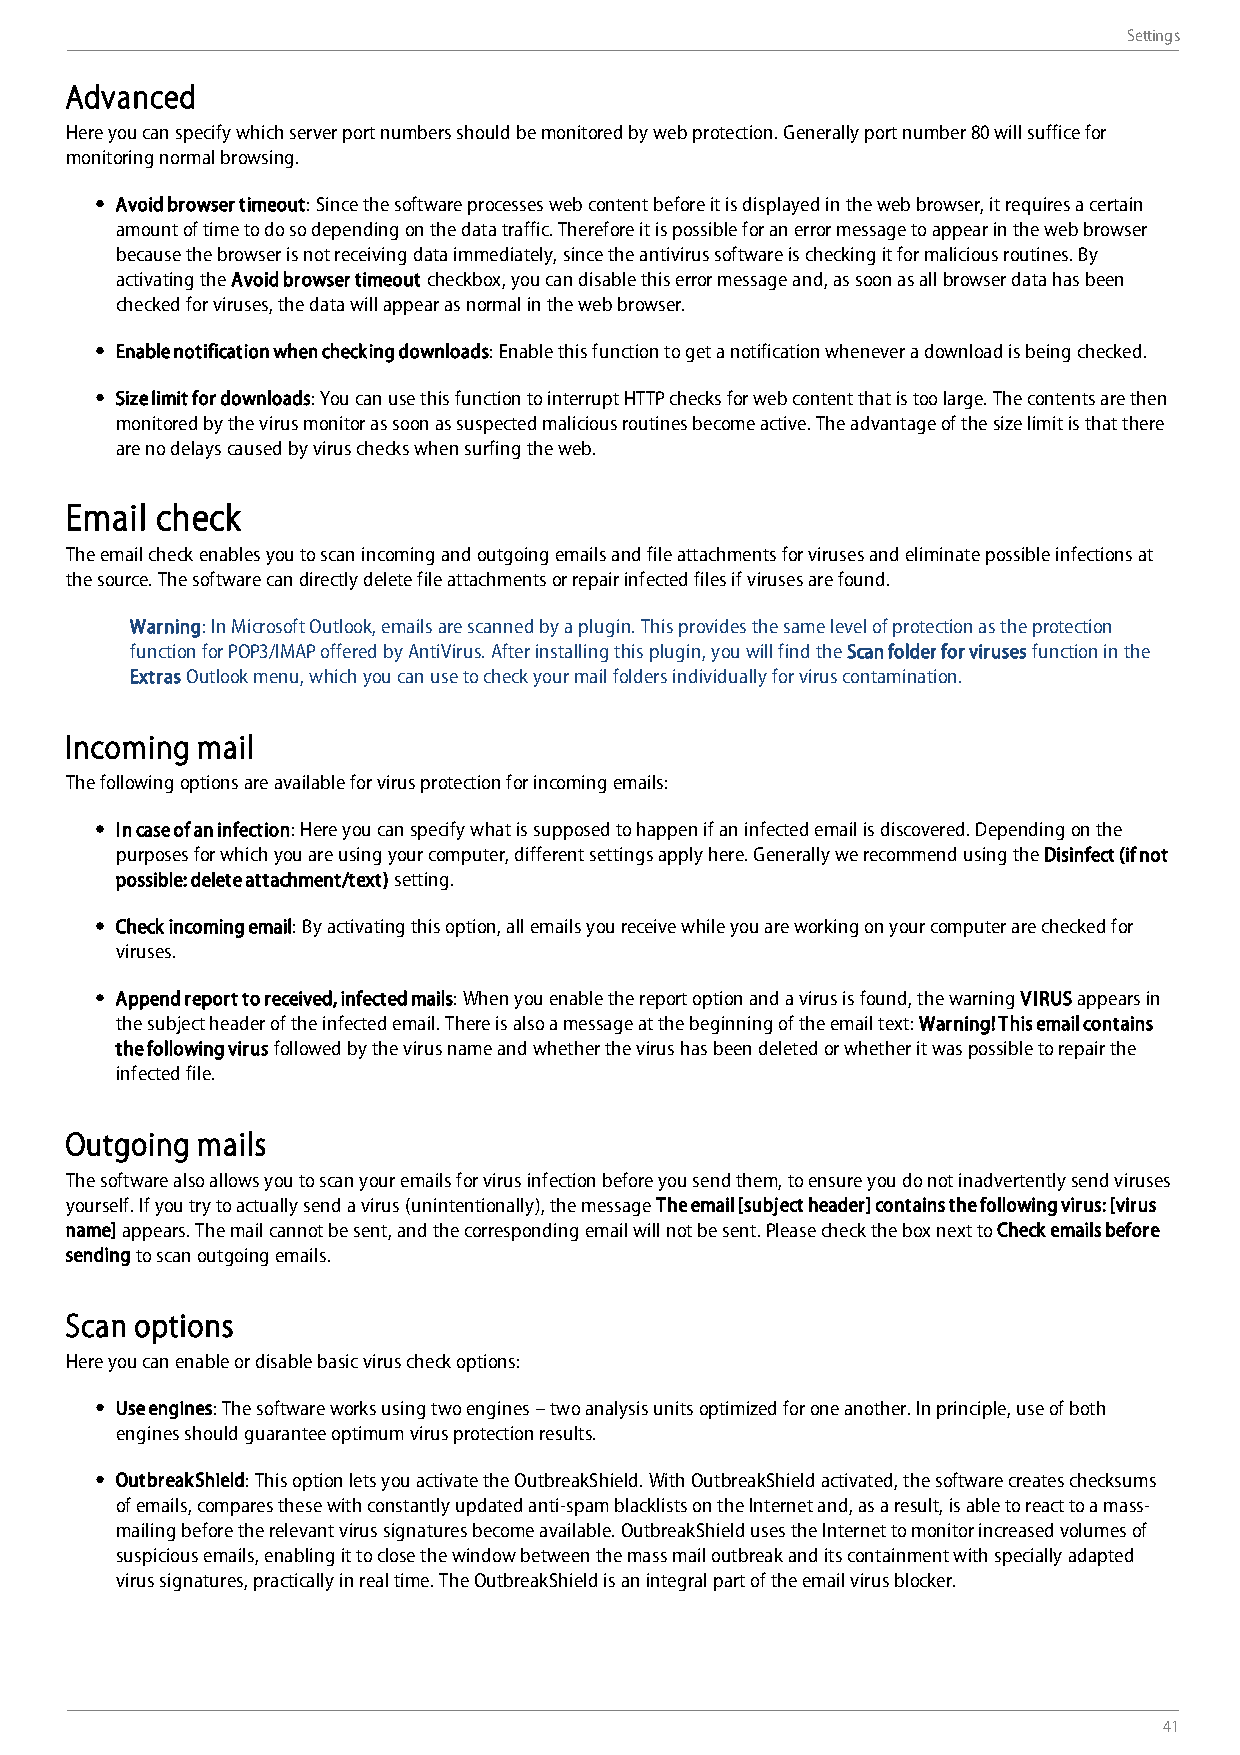
Settings
 Advanced
 Here you can specify which server port numbers should be monitored by web protection. Generally port number 80 will suffice for
 monitoring normal browsing.
 Avoid browser timeout: Since the software processes web content before it is displayed in the web browser, it requires a certain
 amount of time to do so depending on the data traffic. Therefore it is possible for an error message to appear in the web browser
 because the browser is not receiving data immediately, since the antivirus software is checking it for malicious routines. By
 activating the Avoid browser timeout checkbox, you can disable this error message and, as soon as all browser data has been
 checked for viruses, the data will appear as normal in the web browser.
 Enable notification when checking downloads: Enable this function to get a notification whenever a download is being checked.
 Size limit for downloads: You can use this function to interrupt HTTP checks for web content that is too large. The contents are then
 monitored by the virus monitor as soon as suspected malicious routines become active. The advantage of the size limit is that there
 are no delays caused by virus checks when surfing the web.
 Email check
 The email check enables you to scan incoming and outgoing emails and file attachments for viruses and eliminate possible infections at
 the source. The software can directly delete file attachments or repair infected files if viruses are found.
 Warning: In Microsoft Outlook, emails are scanned by a plugin. This provides the same level of protection as the protection
 function for POP3/IMAP offered by AntiVirus. After installing this plugin, you will find the Scan folder for viruses function in the
 Extras Outlook menu, which you can use to check your mail folders individually for virus contamination.
 Incoming mail
 The following options are available for virus protection for incoming emails:
 In case of an infection: Here you can specify what is supposed to happen if an infected email is discovered. Depending on the
 purposes for which you are using your computer, different settings apply here. Generally we recommend using the Disinfect (if not
 possible: delete attachment/text) setting.
 Check incoming email: By activating this option, all emails you receive while you are working on your computer are checked for
 viruses.
 Append report to received, infected mails: When you enable the report option and a virus is found, the warning VIRUS appears in
 the subject header of the infected email. There is also a message at the beginning of the email text: Warning! This email contains
 the following virus followed by the virus name and whether the virus has been deleted or whether it was possible to repair the
 infected file.
 Outgoing mails
 The software also allows you to scan your emails for virus infection before you send them, to ensure you do not inadvertently send viruses
 yourself. If you try to actually send a virus (unintentionally), the message The email [subject header] contains the following virus: [virus
 name] appears. The mail cannot be sent, and the corresponding email will not be sent. Please check the box next to Check emails before
 sending to scan outgoing emails.
 Scan options
 Here you can enable or disable basic virus check options:
 Use engines: The software works using two engines – two analysis units optimized for one another. In principle, use of both
 engines should guarantee optimum virus protection results.
 OutbreakShield: This option lets you activate the OutbreakShield. With OutbreakShield activated, the software creates checksums
 of emails, compares these with constantly updated anti-spam blacklists on the Internet and, as a result, is able to react to a mass-
 mailing before the relevant virus signatures become available. OutbreakShield uses the Internet to monitor increased volumes of
 suspicious emails, enabling it to close the window between the mass mail outbreak and its containment with specially adapted
 virus signatures, practically in real time. The OutbreakShield is an integral part of the email virus blocker.
 41